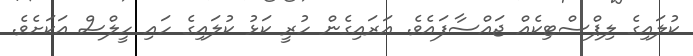
ކުލައިގެ ލިޕްސްޓިކެއް ޖައްސާފައެވެ. އަރައިގެން ހުރީ ކަޅު ކުލައިގެ ހައި ހީލްސް އަކަށެވެ.